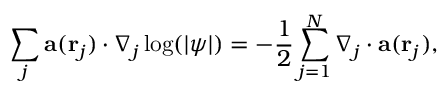
\sum _ { j } \mathbf { a } ( \mathbf { r } _ { j } ) \cdot \nabla _ { j } \log ( | \psi | ) = - \frac { 1 } { 2 } \sum _ { j = 1 } ^ { N } \nabla _ { j } \cdot \mathbf { a } ( \mathbf { r } _ { j } ) ,